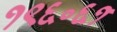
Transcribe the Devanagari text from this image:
१९६॰६१